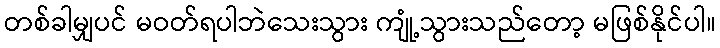
တစ်ခါမျှပင် မဝတ်ရပါဘဲသေးသွား ကျုံ့သွားသည်တော့ မဖြစ်နိုင်ပါ။